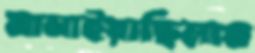
মানাইয়াছিলাম